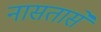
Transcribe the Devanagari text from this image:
नासतासे